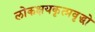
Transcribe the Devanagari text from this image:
लोकक्षयकृत्प्रवृद्धो